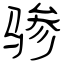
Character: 骖